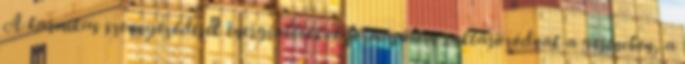
A karmikus szennyeződések energiablokkok formájában raktározódnak a gerincben, a